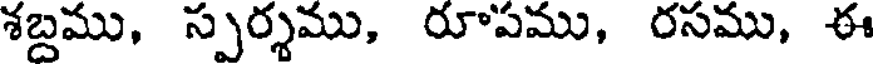
శబ్దము, స్పర్శము, రూపము, రసము, ఈ